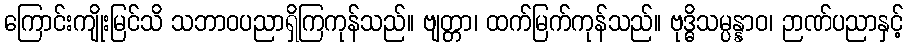
ကြောင်းကျိုးမြင်သိ သဘာဝပညာရှိကြကုန်သည်။ ဗျတ္တာ၊ ထက်မြက်ကုန်သည်။ ဗုဒ္ဓိသမ္ပန္နာဝ၊ ဉာဏ်ပညာနှင့်